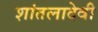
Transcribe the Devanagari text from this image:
शांतलादेवी